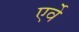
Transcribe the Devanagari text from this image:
एर्वे